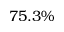
7 5 . 3 \%